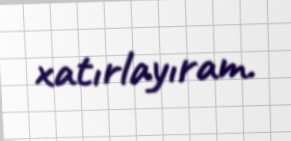
xatırlayıram.